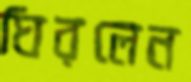
ঘিরলেন